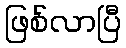
ဖြစ်လာပြီ